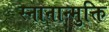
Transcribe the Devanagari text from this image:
स्नानान्मुक्ति